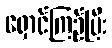
ရှောင်ကြဉ်ပြီး